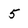
Character: 5